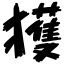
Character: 獲